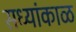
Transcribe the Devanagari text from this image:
सध्यांकाळ